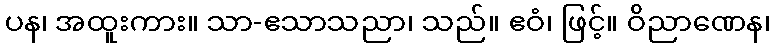
ပန၊ အထူးကား။ သာ-ဧသာသညာ၊ သည်။ ဧဝံ၊ ဖြင့်။ ဝိညာဏေန၊